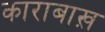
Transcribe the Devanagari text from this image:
काराबाख़